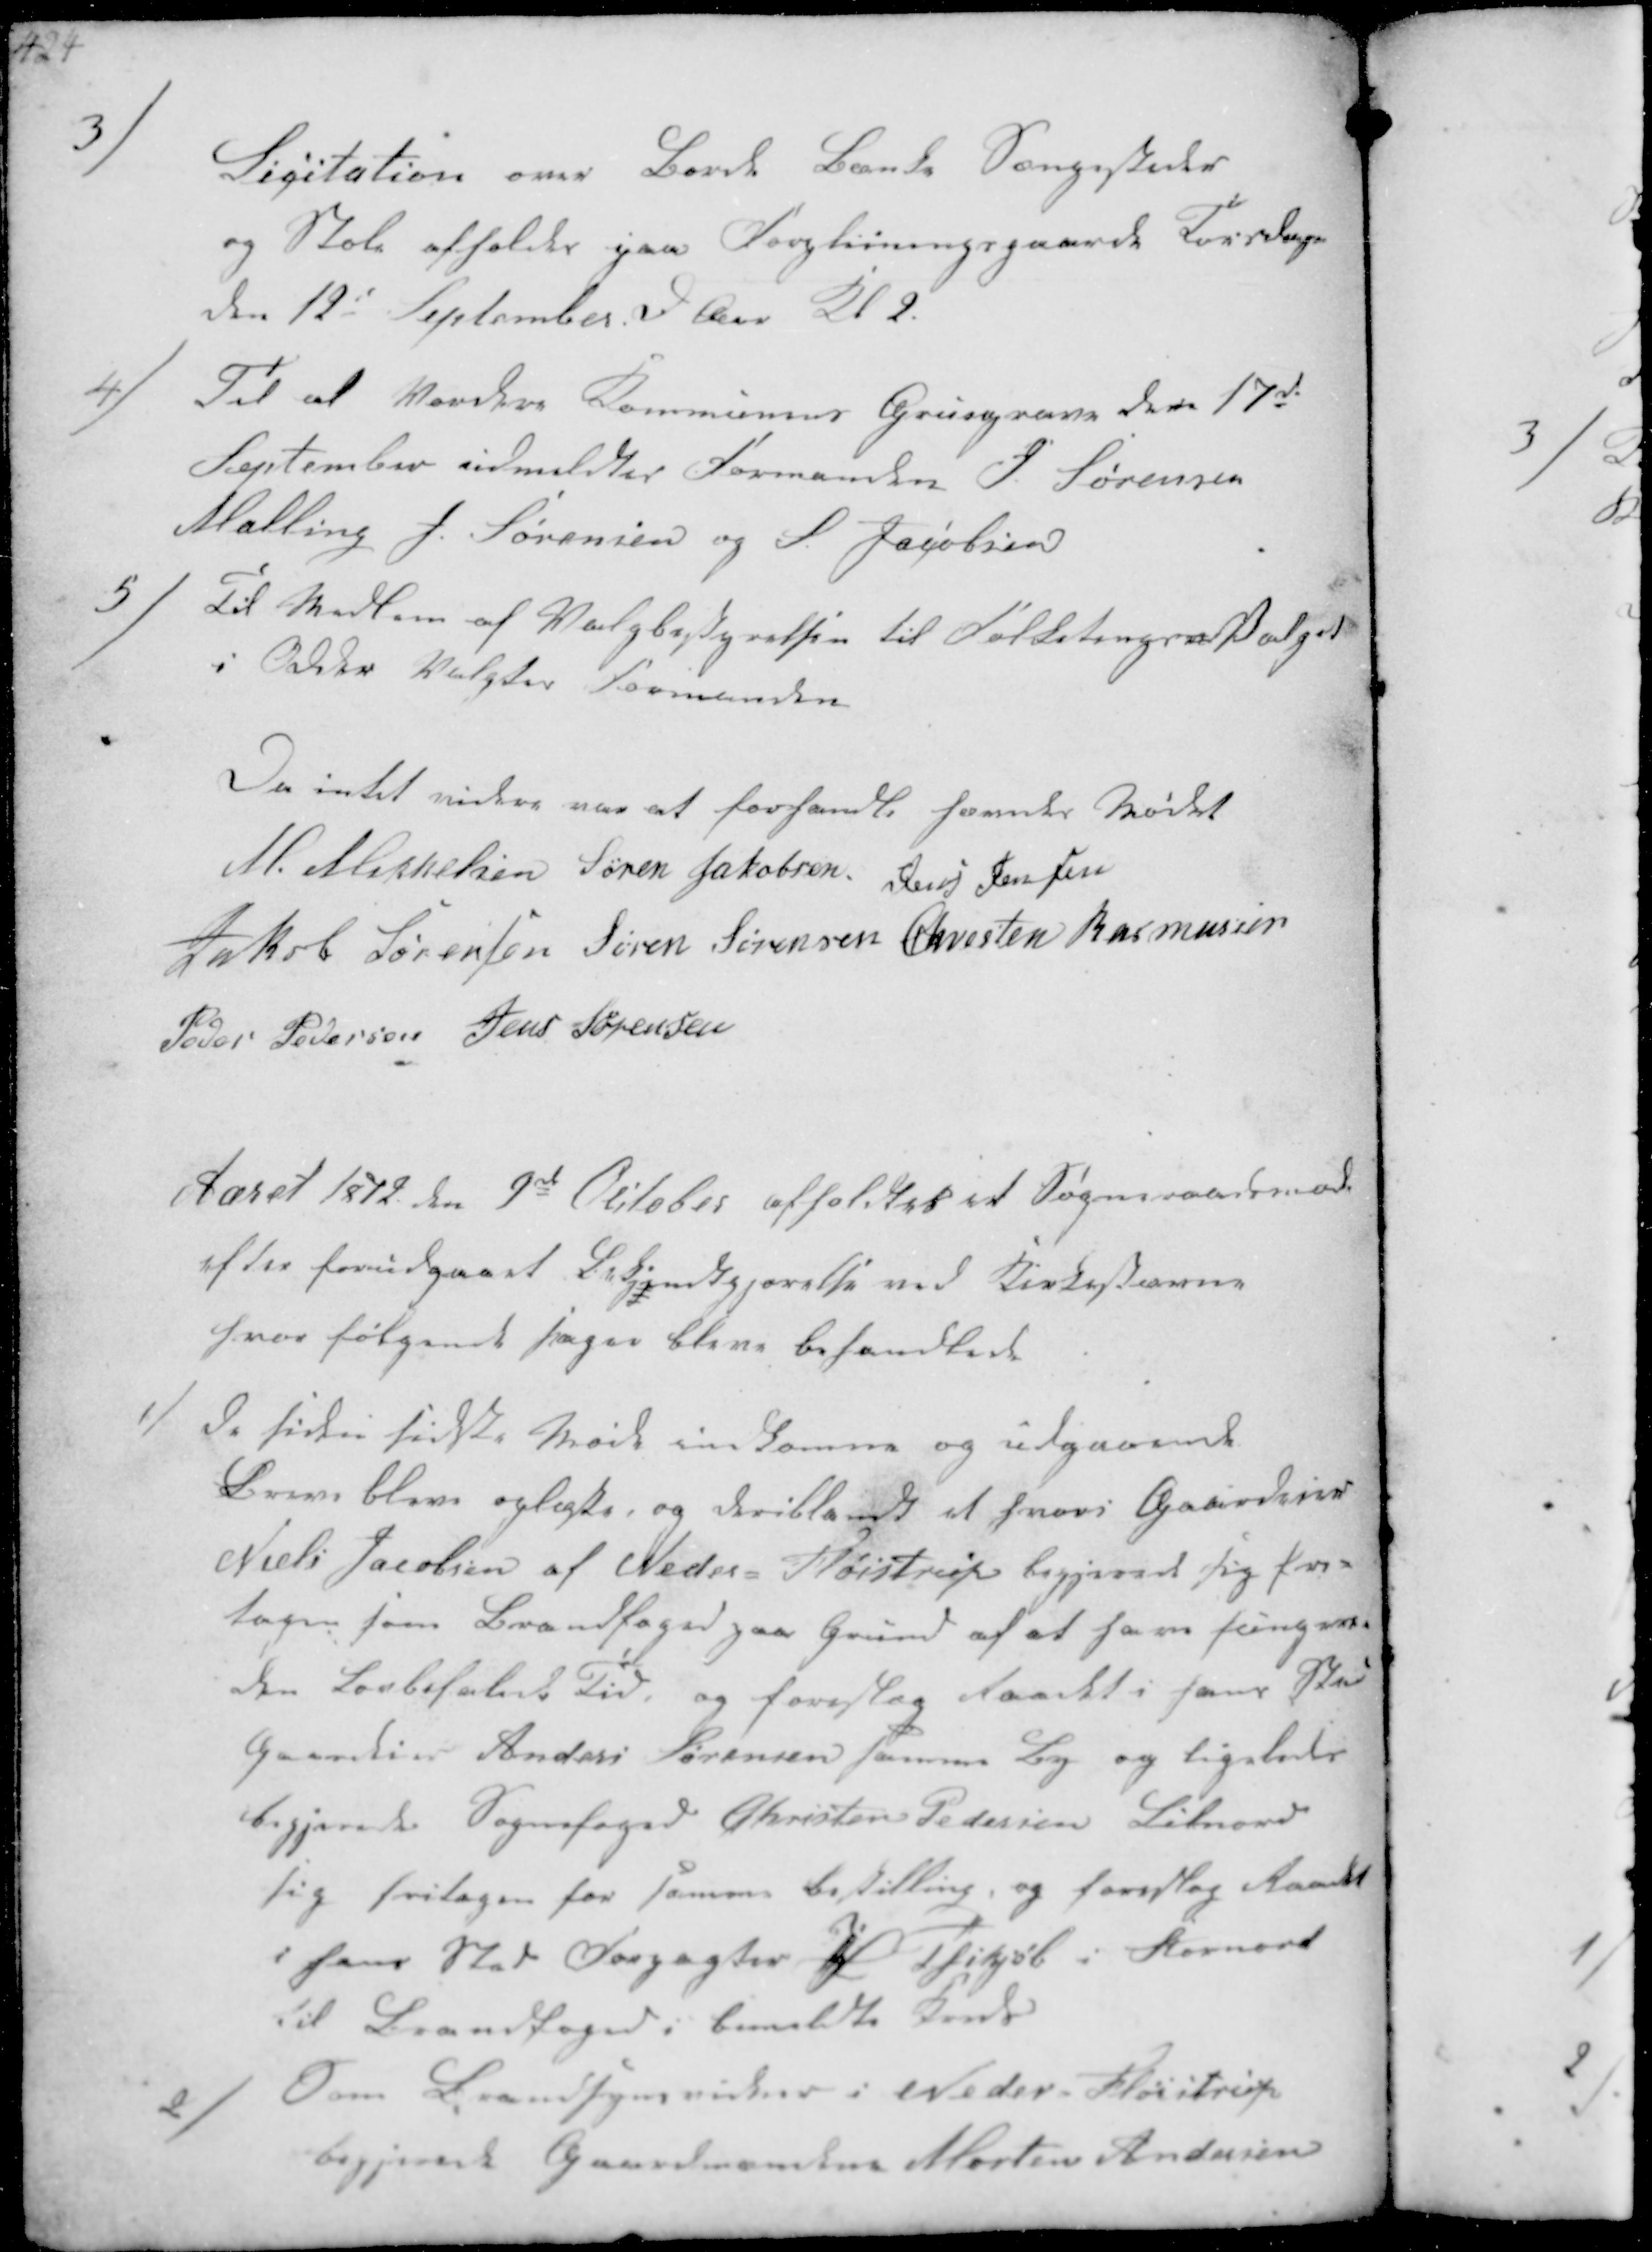
Transskription:
3
Licitation over Borde Bænke Sængesteder
og Stole afholdes paa Forplejningsgaard Torsdagen
den 12te September d Aar Kl 2.

4)
Tit at Vurdere Kommunens Grusgrave den 17de
September udmeldtes Formanden J. Sørensen
Malling J. Sørensen og S Jacobsen

5/
Til Medlem af Valgbestyrelsen til Folketings-Valget
i Odder Valgtes Formanden

Da intet videre var at forhandle hævedes Mødet
M. Mikkelsen Søren Jakobsen Jens Jensen
Jakob Sørensen Søren Sørensen Chresten Rasmussen
Peder Pedersen Jens Sørensen

Aaret 1872 den 9de Oktober afholdtes er Sogneraadsmøde
efter forudgaaet Bekjendtgjørelse ved Kirkestævne
hvor følgende sager bleve behandlede

1/
de siden sidste Møde indkomne og udgaaende
Breve bleve oplæste, og deriblandt et hvori Gaardejer
Niels Jacobsen af Neder Fløistrup begjærede sig Fri-
tagen som Brandfoged paa Grund af at have fungeret
den Lovbefalede Tid, og foreslog Raadet i hans Sted
Gaardeier Anders Sørensen samme By og ligeledes
begjærede Sognefoged Christen Pedersen Lilnord
sig fritagen for samme Bestilling, og foreslog Raadet
i hans Sted Forpagter J Thikjøb i Stornord
til Brandfoged i bemeldte Kreds

2/
Som Brandsynsvidner i Neder Fløistrup
begjærede Gaardmændene Morten Andersen